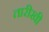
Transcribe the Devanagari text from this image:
तारीखी